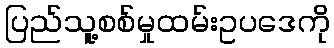
ပြည်သူ့စစ်မှုထမ်းဥပဒေကို